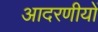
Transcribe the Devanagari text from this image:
आदरणीयों